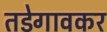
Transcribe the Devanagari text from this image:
तडेगावकर